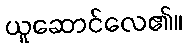
ယူဆောင်လေ၏။